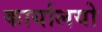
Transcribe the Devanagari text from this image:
कार्यालयो